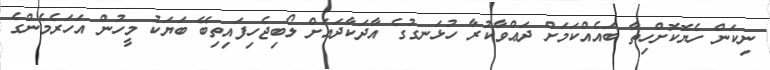
ނިކަން ހެޔޮކޮށްހިތާ ބައެއްކަމަށް ދަޢްވާކުރާ ހުޅަނގުގެ އާދަކާދައަށް ލޯބިޖެހިފައިތިބޭ ބަޔަކު މީހުން އަހަރެމެންގެ